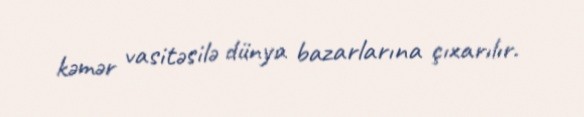
kəmər vasitəsilə dünya bazarlarına çıxarılır.